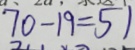
7 0 - 1 9 = 5 1